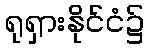
ရုရှားနိုင်ငံ၌